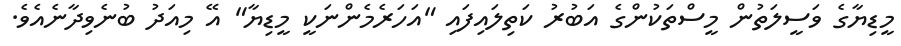
މީޑިޔާގެ ވަސީލަތުން މީސްތަކުންގެ އަބުރު ކަތިލައިފައި "އަހަރެމެންނަކީ މީޑިޔާ" އޭ މިއަދު ބުނެވިދާނެއެވެ.